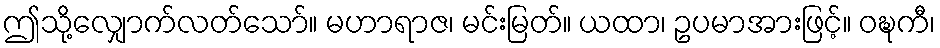
ဤသို့လျှောက်လတ်သော်။ မဟာရာဇ၊ မင်းမြတ်။ ယထာ၊ ဥပမာအားဖြင့်။ ဝဍ္ဎကီ၊